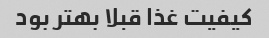
کیفیت غذا قبلا بهتر بود